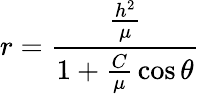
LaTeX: r={\frac{\frac{h^{2}}{\mu}}{1+{\frac{C}{\mu}}\cos\theta}}